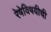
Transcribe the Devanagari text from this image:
रेषेविषयीची